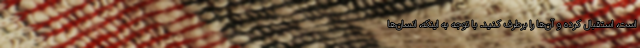
است، استقبال کرده و آن‌ها را برطرف کنید. با توجه به اینکه، انسان‌ها